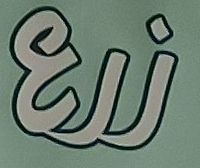
زرع